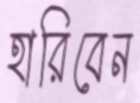
হারিবেন